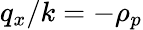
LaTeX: q_{x}/k=-\rho_{p}